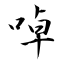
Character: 啅